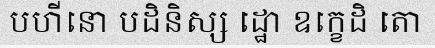
បហីនោ បដិនិស្ស ដ្ឋោ ឧក្ខេដិ តោ